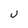
Character: u